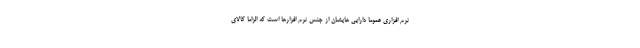
نرم افزاری عموما دارایی هایشان از جنس نرم افزارها است که الزاما کالای